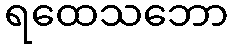
ရထေသဘော